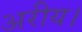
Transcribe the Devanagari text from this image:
अरीय।